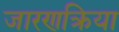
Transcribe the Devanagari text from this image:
जारणक्रिया